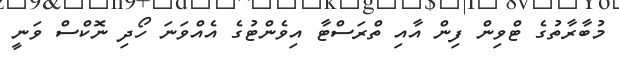
މުބާރާތުގެ ޓްވިން ފިން އާއި ތްރަސްޓާ އިވެންޓުގެ އެއްވަނަ ހޯދި ނޮކްސް ވަނީ